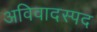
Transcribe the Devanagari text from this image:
अविवादस्पद